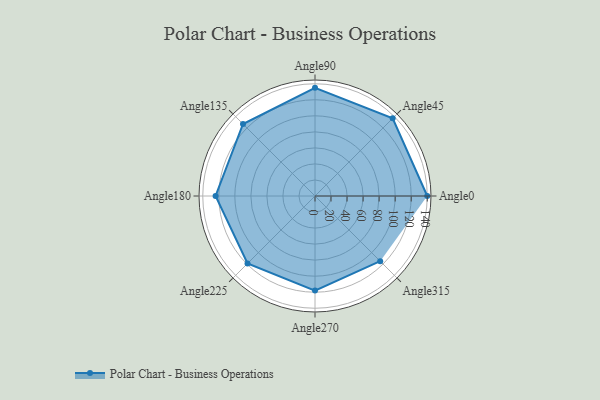
{"axis": {"x": "Angle", "y": "Radius"}, "legend": [""], "data": [{"x": "Angle0", "y": 140.0, "type": ""}, {"x": "Angle45", "y": 137.0, "type": ""}, {"x": "Angle90", "y": 135.0, "type": ""}, {"x": "Angle135", "y": 127.0, "type": ""}, {"x": "Angle180", "y": 124.0, "type": ""}, {"x": "Angle225", "y": 119.0, "type": ""}, {"x": "Angle270", "y": 118.0, "type": ""}, {"x": "Angle315", "y": 115.0, "type": ""}]}